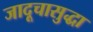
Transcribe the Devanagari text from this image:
जादूचासुद्धा